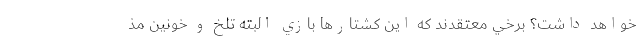
خواهد داشت؟ برخي معتقدند كه اين كشتارها بازي البته تلخ و خونين مذ